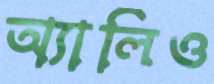
অ্যালিও